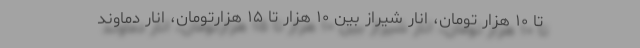
تا ۱۰ هزار تومان، انار شیراز بین ۱۰ هزار تا ۱۵ هزارتومان، انار دماوند